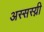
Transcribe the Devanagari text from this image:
अस्सस्य्नी